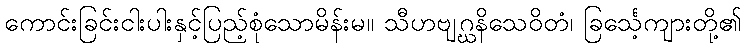
ကောင်းခြင်းငါးပါးနှင့်ပြည့်စုံသောမိန်းမ။ သီဟဗျဂ္ဃနိသေဝိတံ၊ ခြင်္သေ့ကျားတို့၏